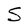
Character: S